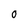
Character: 0